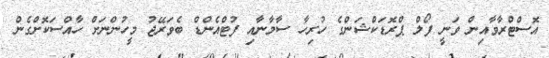
އޮސްޓްރާވާއިން ވަނީ ފޯލް ޕްރޮޑަކްޝަންގެ ހުރިހާ ސާމާނާއި ފުޓްއެންޑް ބެވަރޭޖު މީހުންނަށް ހާއްސަކޮށްގެން